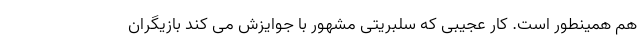
هم همینطور است. کار عجیبی که سلبریتی مشهور با جوایزش می کند بازیگران